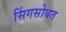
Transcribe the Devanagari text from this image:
सिंगसोबत